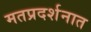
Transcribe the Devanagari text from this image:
मतप्रदर्शनात